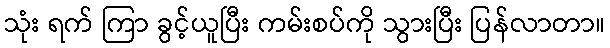
သုံး ရက် ကြာ ခွင့်ယူပြီး ကမ်းစပ်ကို သွားပြီး ပြန်လာတာ။